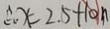
\therefore x = 2 . 5 + 1 0 n